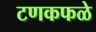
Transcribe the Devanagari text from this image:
टणकफळे